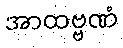
အာထဗ္ဗဏံ